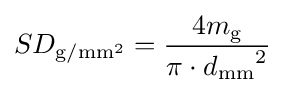
SD_{{\text{g}}/{\text{mm}}^{2}}={\frac {4m_{\text{g}}}{{\pi \cdot d_{\text{mm}}}^{2}}}